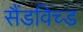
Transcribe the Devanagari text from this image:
सैंडविच्ड